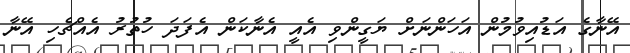
އޭނާގެ އަޑުއިވުމުން އަހަންނަށް ޔަގީންވި އެއީ އެނާކަން އެފަދަ ހުތުރު އެއްޗެހި އޭނާ